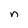
Character: n